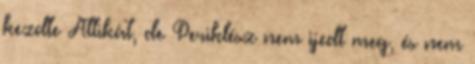
kezdte Attikát, de Periklész nem ijedt meg, és nem